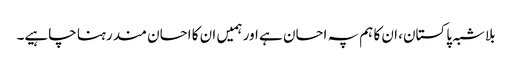
بلاشبہ پاکستان، ان کا ہم پہ احسان ہے اور ہمیں ان کا احسان مند رہنا چاہیے۔